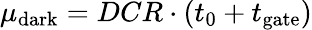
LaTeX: \mu_{\mathrm{dark}}=DCR\cdot(t_{0}+t_{\mathrm{gate}})